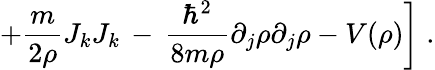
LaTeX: \left.+\frac{m}{2\rho}J_{k}J_{k}\, -\, \frac{\hbar^{2}}{8m\rho}\partial_{j}\rho\partial_{j}\rho-V(\rho)\right]\; .